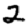
Digit: 2